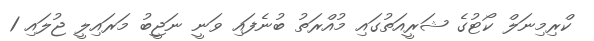
ކްރިމިނަލް ކޯޓުގެ ޝަރީއަތުގައި މުއްރަތު ބުނެފައި ވަނީ ނަޖީބު މަރައިލީ ޖުލައި 1